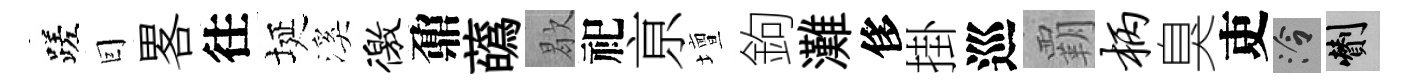
蹉囙畧往埏溪徼鼐蘤歇祀亰壇鉤灘侈掛巡覇柄臭吏泠剪